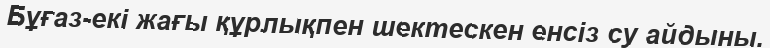
Бұғаз-екі жағы құрлықпен шектескен енсіз су айдыны.